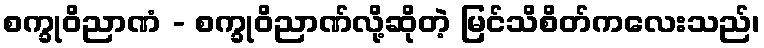
စက္ခုဝိညာဏံ - စက္ခုဝိညာဏ်လို့ဆိုတဲ့ မြင်သိစိတ်ကလေးသည်၊